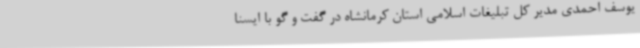
یوسف احمدی مدیر کل تبلیغات اسلامی استان کرمانشاه در گفت و گو با ایسنا